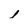
Character: I